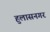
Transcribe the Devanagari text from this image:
हुलासनगर